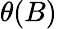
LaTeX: \theta(B)